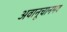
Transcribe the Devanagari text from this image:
अवानूचानमव